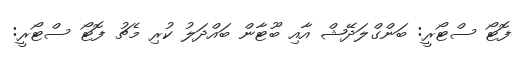
ފޮޓޯ ސްޓޯރީ: ބަންގްލަދޭޝް އާއި ބޫޓާން ބައްދަލު ކުރި މެޗު ފޮޓޯ ސްޓޯރީ: